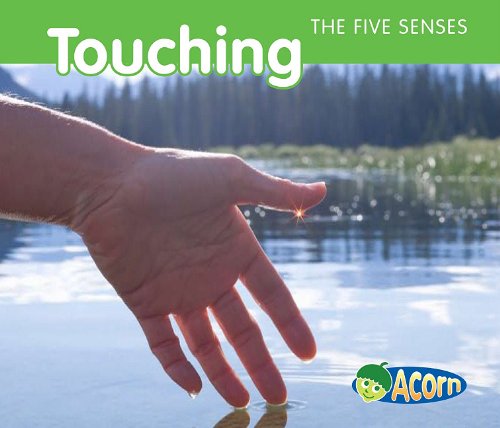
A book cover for Touching (The Five Senses); Rebecca Rissman; Children's Books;